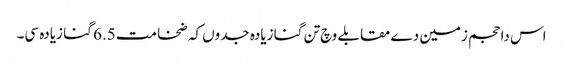
اس دا حجم زمین دے مقابلے وچ تن گنا زیادہ جدو‏ں کہ ضخامت 6.5 گنا زیادہ سی۔